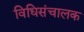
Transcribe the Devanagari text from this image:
विधिसंचालक